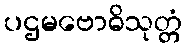
ပဌမဗောဓိသုတ္တံ